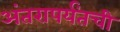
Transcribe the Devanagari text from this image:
अंतरापर्यंतची